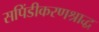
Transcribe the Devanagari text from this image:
सपिंडीकरणश्राद्ध